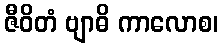
ဇီဝိတံ ဗျာဓိ ကာလောစ၊